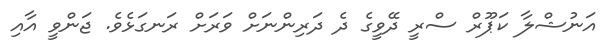
އަނުޝްލާ ކަޕޫރް ސްރީ ދޭވީގެ ދެ ދަރިންނަށް ވަރަށް ރަނގަޅެވެ. ޖަންވީ އާއި